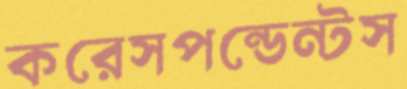
করেসপন্ডেন্টস